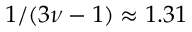
1 / ( 3 \nu - 1 ) \approx 1 . 3 1